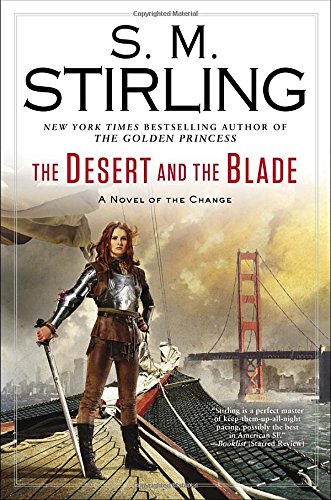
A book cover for The Desert and the Blade: A Novel of the Change (Change Series); S. M. Stirling; Science Fiction & Fantasy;